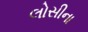
લોસીના